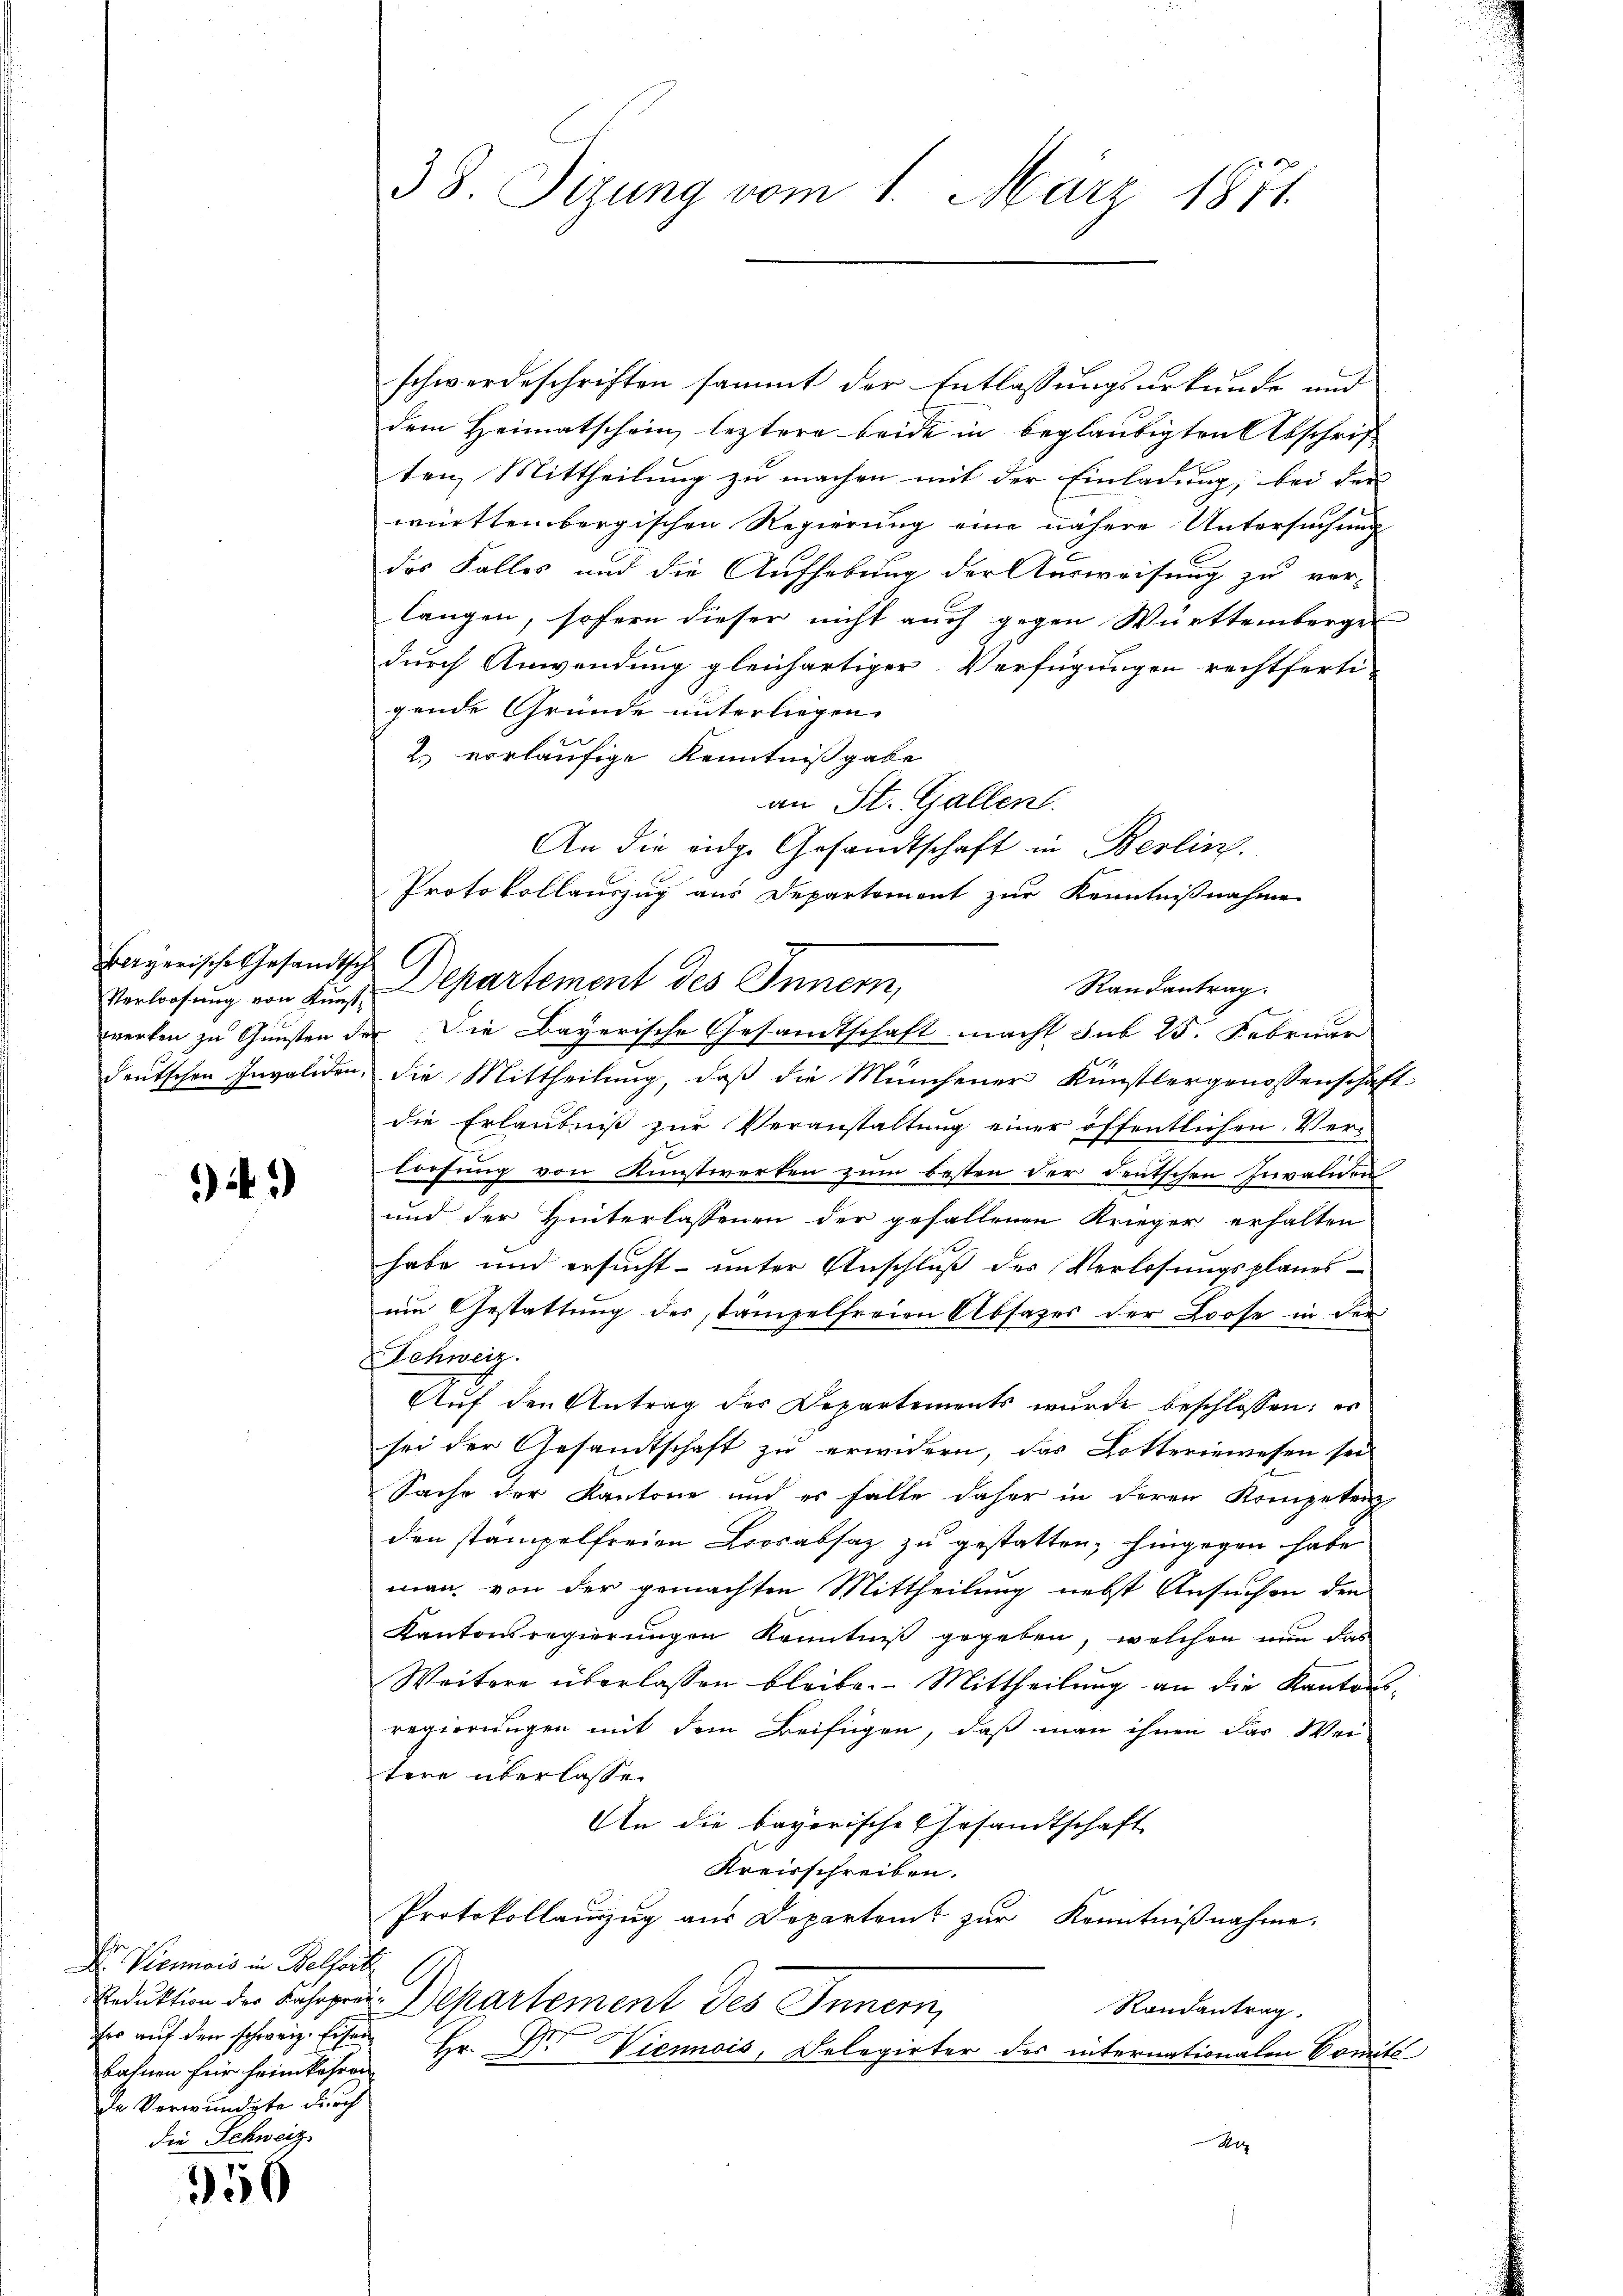
Bayerische Gesandtsch
werken zu Gunsten der

4)

schwerdeschriften sammt der Entlassungsurkunde und
dem Heimatschein leztere beide in beglaubigten Abschrift
ten Mittheilung zu machen mit der Einladung, bei der
württembergischen Regierung eine nähere Untersuchung
des Falles und die Aufhebung der Ausweisung zu ver-
langen, sofern dieser nicht auch gegen Württemberger
durch Anwendung gleichartiger Verfügungen rechtfertigende Gründe unterliegen.
2. vorläufige Kenntnißgabe
an St. Gallen.
An die eidge Gesandtschaft in Berlin.
Protokollauszug aus Departement zur Kenntnißnahme
Verloosung von Kŭns-Departement des Innern,
Die Bayerische Gesandtschaft macht sub 25. Februar
deutschen Invaliden, die Mittheilung, daß die Münchener Künstlergenossenschaft
die Erlaubniß zur Veranstaltung einer öffentlichen Ver-
lorfung von Kunstwerken zum besten der deutschen Invaliden
und der Hinterlassenen der gefallenen Krieger erhalten
habe und ersucht- unter Anschluß des Verlosungsplanes
um Gestattung des tämpelfreien Absages der Loose in der
Schweiz.
E.
Auf den Antrag der Departements wurde beschlossen: es
sei der Gesandtschaft zu erwidern, das Lotteriewesen sei
Sache der Kantone und es falle daher in deren Kompetenz
den stämpelfreien Brosabsaz zu gestatten, hingegen habe
man, von der gemachten Mittheilung nebst Ansuchen den
Kantonsregierungen Kenntniß gegeben, welchen nun das
Weitere überlassen bleibe. Mittheilung an die Kantons-
regierungen mit dem Beifügen, daß man ihnen das Wei-
tere überlassen
An die bayerische Gesandtschaft
Kreisschreiben.
Protokollauszug aus Departent zur Kenntnißnahme.
A
Reduktion der Bahnpra. Separtement des Innern,
Randantrag.
fer aŭf den schweiz. Eisen Hr. Dr. Vienois, Delegirter des internationalen Comité
1

i
Dr. Viermais in Belfort
bahnen für heimkehren
de Verwundete durch
die Schweiz

356

38. Sizung vom 1. März 1871.

Randantrag.